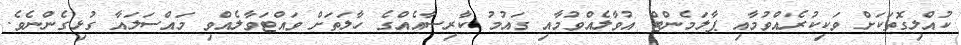
ކުއްލިގޮތަކަށް ވަކިކުރެއްވުމާއި ޕާލަމެންޓް އުވާލެއްވުމާއި ގައުމު ކާރިސާއެއްގެ ހާލަތަށް ވައްޓަވާލެއްވި މައްސަލައާ ގުޅިގެންނެވެ.